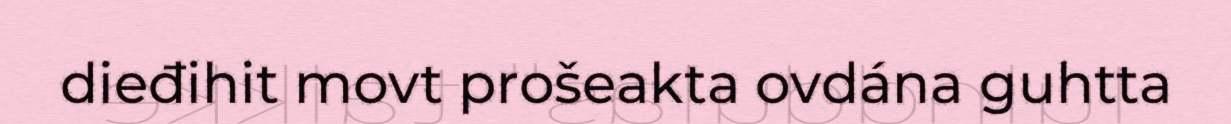
dieđihit movt prošeakta ovdána guhtta